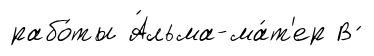
рабо́ты А́льма-ма́т'ер В ́